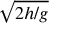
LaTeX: \sqrt { 2 h / g }